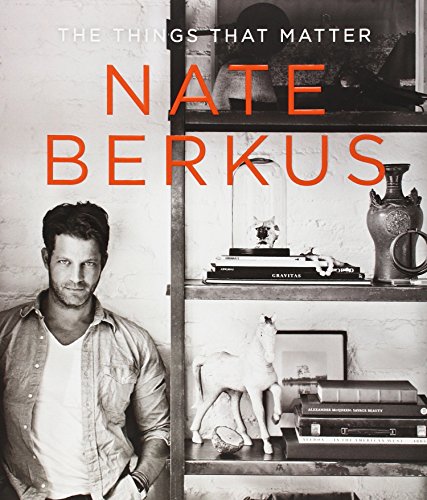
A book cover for The Things That Matter; Nate Berkus; Crafts, Hobbies & Home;